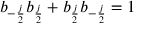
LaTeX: b _ { - { \frac { j } { 2 } } } b _ { { \frac { j } { 2 } } } + b _ { { \frac { j } { 2 } } } b _ { - { \frac { j } { 2 } } } = 1